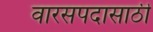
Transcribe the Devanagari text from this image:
वारसपदासाठी